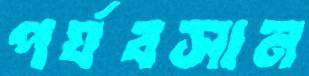
পর্যবসান